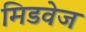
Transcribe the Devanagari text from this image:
मिडवेज